Indian journal of veterinary science and animal husbandry - Volumes 28-29, 1958-1959
Year: 1958
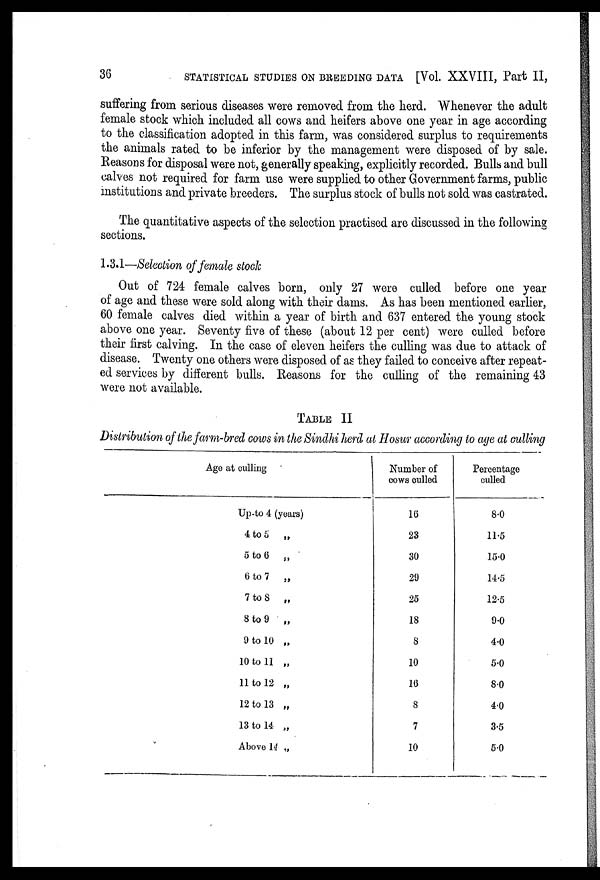
36
STATISTICAL STUDIES ON BREEDING DATA [Vol. XXVIII, Part II,
suffering from serious diseases were removed from the herd. Whenever the adult
female stock which included all cows and heifers above one year in age according
to the classification adopted in this farm, was considered surplus to requirements
the animals rated to be inferior by the management were disposed of by sale.
Reasons for disposal were not, generally speaking, explicitly recorded. Bulls and bull
calves not required for farm use were supplied to other Government farms, public
institutions and private breeders. The surplus stock of bulls not sold was castrated.
The quantitative aspects of the selection practised are discussed in the following
sections.
1.3.1—Selection of female stock
Out of 724 female calves born, only 27 were culled before one year
of age and these were sold along with their dams. As has been mentioned earlier,
60 female calves died within a year of birth and 637 entered the young stock
above one year. Seventy five of these (about 12 per cent) were culled before
their first calving. In the case of eleven heifers the culling was due to attack of
disease. Twenty one others were disposed of as they failed to conceive after repeat-
ed services by different bulls. Reasons for the culling of the remaining 43
were not available.
TABLE II
Distribution of the farm-bred cows in the Sindhi herd at Hosur according to age at culling
Age at culling
Up-to 4 (years)
4 to 5 „
5 to 6 „
6 to 7 „
7 to 8 „
8 to 9 „
9 to 10 „
10 to 11 „
11 to 12 „
12 to 13 „
13 to 14 „
Above 14 „
Number of
cows culled
16
23
30
29
25
18
8
10
16
8
7
10
Percentage
culled
8.0
11.5
15.0
14.5
12.5
9.0
4.0
5.0
8.0
4.0
3.5
5.0